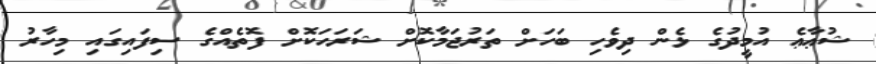
ޝުޢާޢެ އުމީދުގެ ޅެން ދިވެހި ބަހަށް ތަރުޖަމާކޮށް ޝަރަހަކޮށް ފޮތެއްގެ ސިފައިގައި މިހާރު